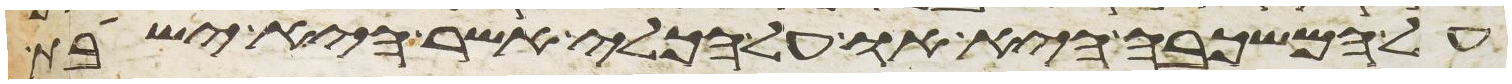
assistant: על המשכבה היא או על הכלי אשר היא ישבת